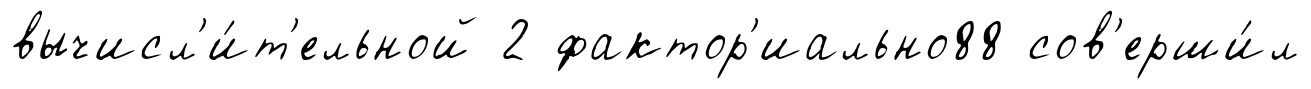
вычисл'и́т'ельной 2 фактор'иально88 сов'ерши́л